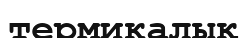
термикалық